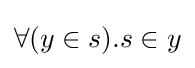
\forall (y\in s).s\in y